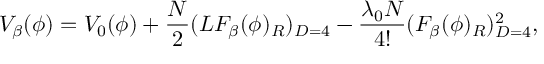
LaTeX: V _ { \beta } ( \phi ) = V _ { 0 } ( \phi ) + \frac { N } { 2 } ( L F _ { \beta } ( \phi ) _ { R } ) _ { D = 4 } - \frac { \lambda _ { 0 } N } { 4 ! } ( F _ { \beta } ( \phi ) _ { R } ) _ { D = 4 } ^ { 2 } ,